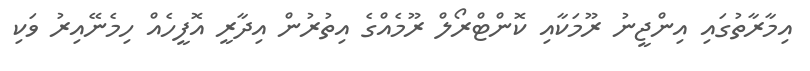
އިމާރާތުގައި އިންޖީނު ރޫމަކާއި ކޮންޓްރޯލް ރޫމެއްގެ އިތުރުން އިދާރީ އޮފީހެއް ހިމެނޭއިރު ވަކި